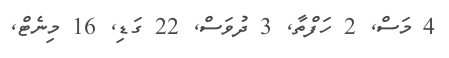
4 މަސް